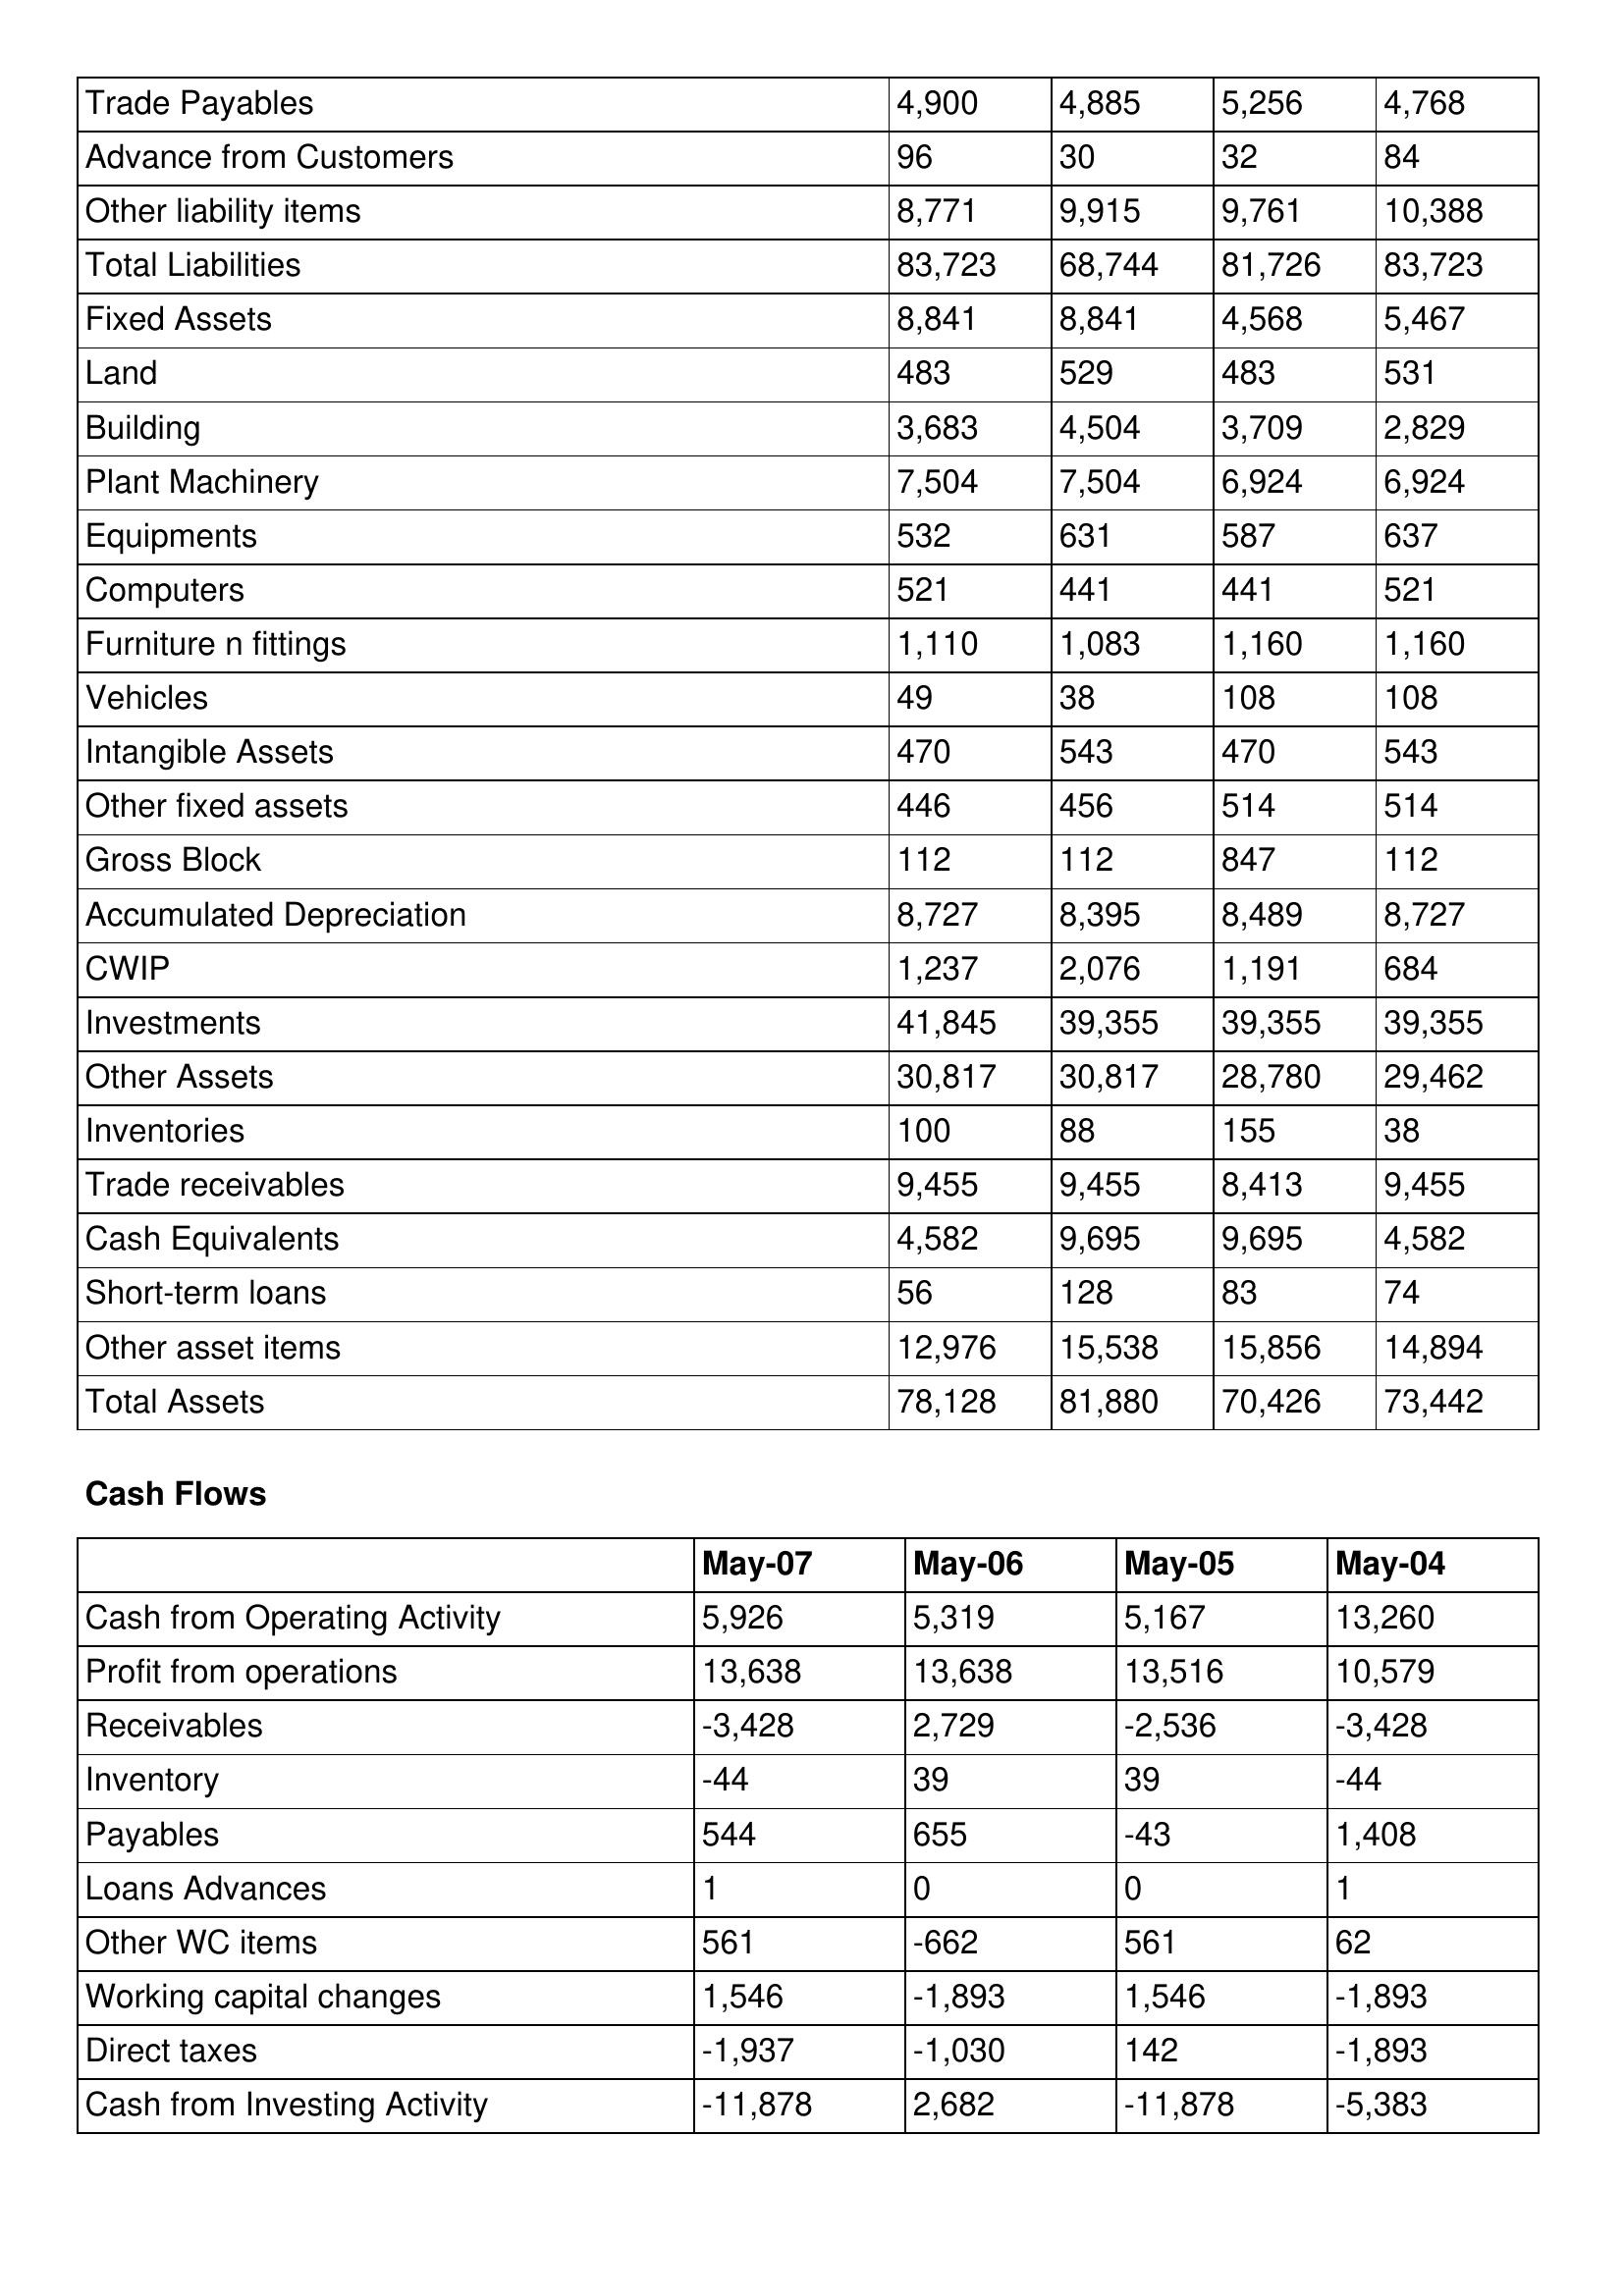
gt_parse: May-07: Balance Sheet: Trade Payables: 4,900
Advance from Customers: 96
Other liability items: 8,771
Total Liabilities: 83,723
Fixed Assets: 8,841
Land: 483
Building: 3,683
Plant Machinery: 7,504
Equipments: 532
Computers: 521
Furniture n fittings: 1,110
Vehicles: 49
Intangible Assets: 470
Other fixed assets: 446
Gross Block: 112
Accumulated Depreciation: 8,727
CWIP: 1,237
Investments: 41,845
Other Assets: 30,817
Inventories: 100
Trade receivables: 9,455
Cash Equivalents: 4,582
Short-term loans: 56
Other asset items: 12,976
Total Assets: 78,128
Cash Flows: Cash from Operating Activity: 5,926
Profit from operations: 13,638
Receivables: -3,428
Inventory: -44
Payables: 544
Loans Advances: 1
Other WC items: 561
Working capital changes: 1,546
Direct taxes: -1,937
Cash from Investing Activity: -11,878
May-06: Balance Sheet: Trade Payables: 4,885
Advance from Customers: 30
Other liability items: 9,915
Total Liabilities: 68,744
Fixed Assets: 8,841
Land: 529
Building: 4,504
Plant Machinery: 7,504
Equipments: 631
Computers: 441
Furniture n fittings: 1,083
Vehicles: 38
Intangible Assets: 543
Other fixed assets: 456
Gross Block: 112
Accumulated Depreciation: 8,395
CWIP: 2,076
Investments: 39,355
Other Assets: 30,817
Inventories: 88
Trade receivables: 9,455
Cash Equivalents: 9,695
Short-term loans: 128
Other asset items: 15,538
Total Assets: 81,880
Cash Flows: Cash from Operating Activity: 5,319
Profit from operations: 13,638
Receivables: 2,729
Inventory: 39
Payables: 655
Loans Advances: 0
Other WC items: -662
Working capital changes: -1,893
Direct taxes: -1,030
Cash from Investing Activity: 2,682
May-05: Balance Sheet: Trade Payables: 5,256
Advance from Customers: 32
Other liability items: 9,761
Total Liabilities: 81,726
Fixed Assets: 4,568
Land: 483
Building: 3,709
Plant Machinery: 6,924
Equipments: 587
Computers: 441
Furniture n fittings: 1,160
Vehicles: 108
Intangible Assets: 470
Other fixed assets: 514
Gross Block: 847
Accumulated Depreciation: 8,489
CWIP: 1,191
Investments: 39,355
Other Assets: 28,780
Inventories: 155
Trade receivables: 8,413
Cash Equivalents: 9,695
Short-term loans: 83
Other asset items: 15,856
Total Assets: 70,426
Cash Flows: Cash from Operating Activity: 5,167
Profit from operations: 13,516
Receivables: -2,536
Inventory: 39
Payables: -43
Loans Advances: 0
Other WC items: 561
Working capital changes: 1,546
Direct taxes: 142
Cash from Investing Activity: -11,878
May-04: Balance Sheet: Trade Payables: 4,768
Advance from Customers: 84
Other liability items: 10,388
Total Liabilities: 83,723
Fixed Assets: 5,467
Land: 531
Building: 2,829
Plant Machinery: 6,924
Equipments: 637
Computers: 521
Furniture n fittings: 1,160
Vehicles: 108
Intangible Assets: 543
Other fixed assets: 514
Gross Block: 112
Accumulated Depreciation: 8,727
CWIP: 684
Investments: 39,355
Other Assets: 29,462
Inventories: 38
Trade receivables: 9,455
Cash Equivalents: 4,582
Short-term loans: 74
Other asset items: 14,894
Total Assets: 73,442
Cash Flows: Cash from Operating Activity: 13,260
Profit from operations: 10,579
Receivables: -3,428
Inventory: -44
Payables: 1,408
Loans Advances: 1
Other WC items: 62
Working capital changes: -1,893
Direct taxes: -1,893
Cash from Investing Activity: -5,383